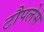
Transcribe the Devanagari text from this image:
टौपलेस